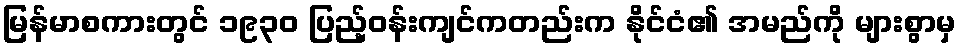
မြန်မာစကားတွင် ၁၉၃၀ ပြည့်ဝန်းကျင်ကတည်းက နိုင်ငံ၏ အမည်ကို များစွာမှ